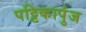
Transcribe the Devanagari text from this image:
पट्टिकापुंज